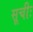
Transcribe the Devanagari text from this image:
सूचीः